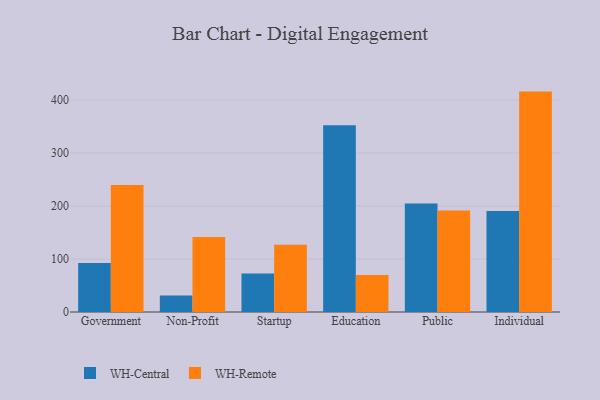
{"axis": {"x": "Segment", "y": "Active Users"}, "legend": ["WH-Central", "WH-Remote"], "data": [{"x": "Government", "y": 92.7, "type": "WH-Central"}, {"x": "Government", "y": 239.7, "type": "WH-Remote"}, {"x": "Non-Profit", "y": 31.0, "type": "WH-Central"}, {"x": "Non-Profit", "y": 141.6, "type": "WH-Remote"}, {"x": "Startup", "y": 72.7, "type": "WH-Central"}, {"x": "Startup", "y": 127.0, "type": "WH-Remote"}, {"x": "Education", "y": 352.5, "type": "WH-Central"}, {"x": "Education", "y": 69.7, "type": "WH-Remote"}, {"x": "Public", "y": 204.8, "type": "WH-Central"}, {"x": "Public", "y": 191.7, "type": "WH-Remote"}, {"x": "Individual", "y": 190.7, "type": "WH-Central"}, {"x": "Individual", "y": 416.0, "type": "WH-Remote"}]}